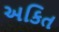
અકિત